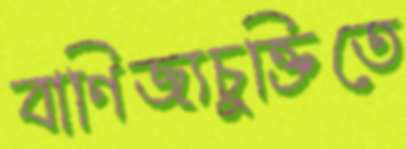
বাণিজ্যচুক্তিতে